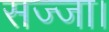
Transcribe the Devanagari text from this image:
सज्जा।